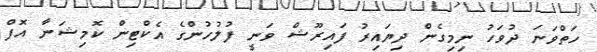
ހަތްވަނަ ދުވަހު ނިމިގެން ދިޔައިރު ފައިރޫޝް ވަނީ ފުލުހުންގެ އެކްޓިން ކޮމިޝަނާ އޮފް